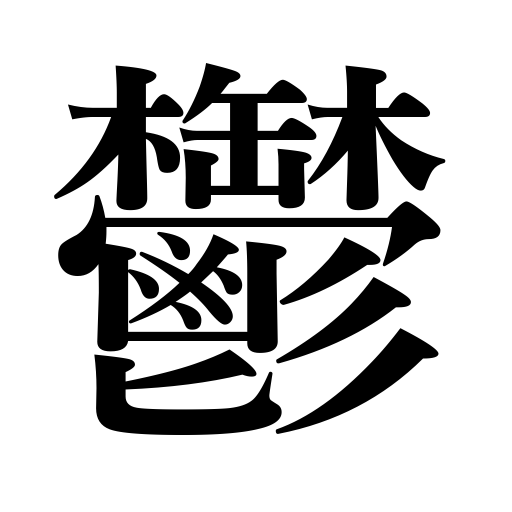
Meanings: depression,melancholy,gloom